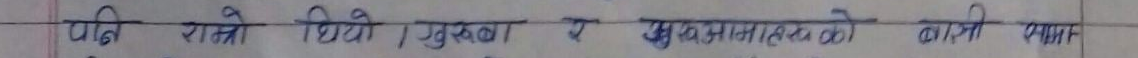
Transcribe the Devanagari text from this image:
पनि रात्री थियी । गुरुका र सुखमा (हास्य) को कापी पाल्म